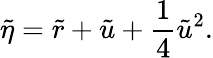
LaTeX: \tilde{\eta}=\tilde{r}+\tilde{u}+\frac{1}{4}\tilde{u}^{2}.